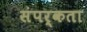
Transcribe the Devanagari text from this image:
संपर्कता